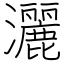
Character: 灑